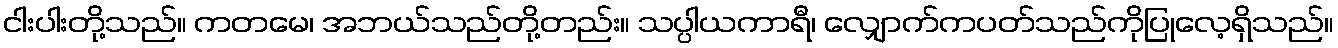
ငါးပါးတို့သည်။ ကတမေ၊ အဘယ်သည်တို့တည်း။ သပ္ပါယကာရီ၊ လျှောက်ကပတ်သည်ကိုပြုလေ့ရှိသည်။